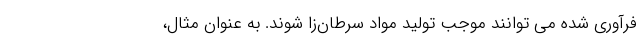
فرآوری شده می توانند موجب تولید مواد سرطان‌زا شوند. به عنوان مثال،